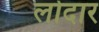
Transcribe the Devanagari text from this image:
लोदार